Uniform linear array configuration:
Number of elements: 12
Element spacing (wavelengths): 1
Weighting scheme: hamming
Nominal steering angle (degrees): -30
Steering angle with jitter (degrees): -29.72
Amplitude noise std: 0.05
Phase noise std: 0.05

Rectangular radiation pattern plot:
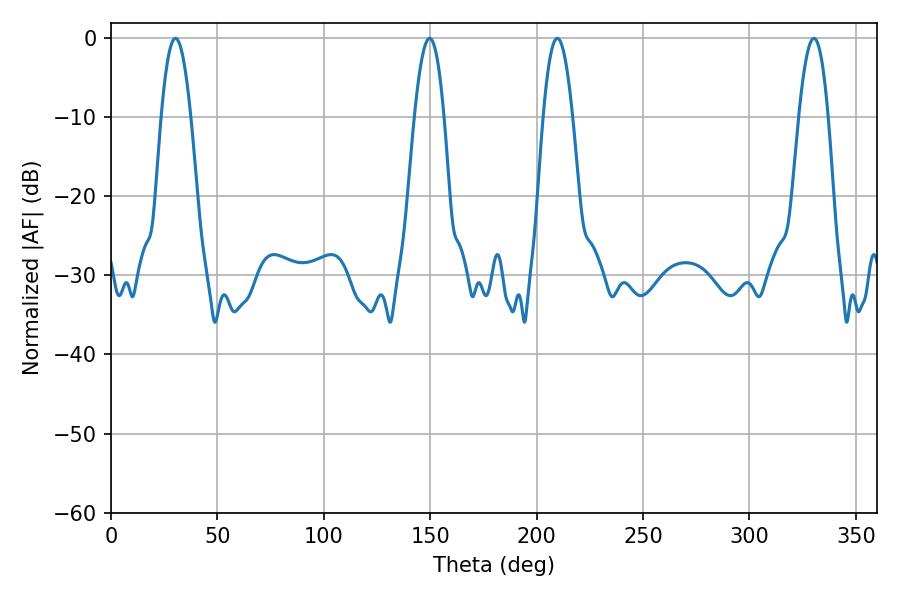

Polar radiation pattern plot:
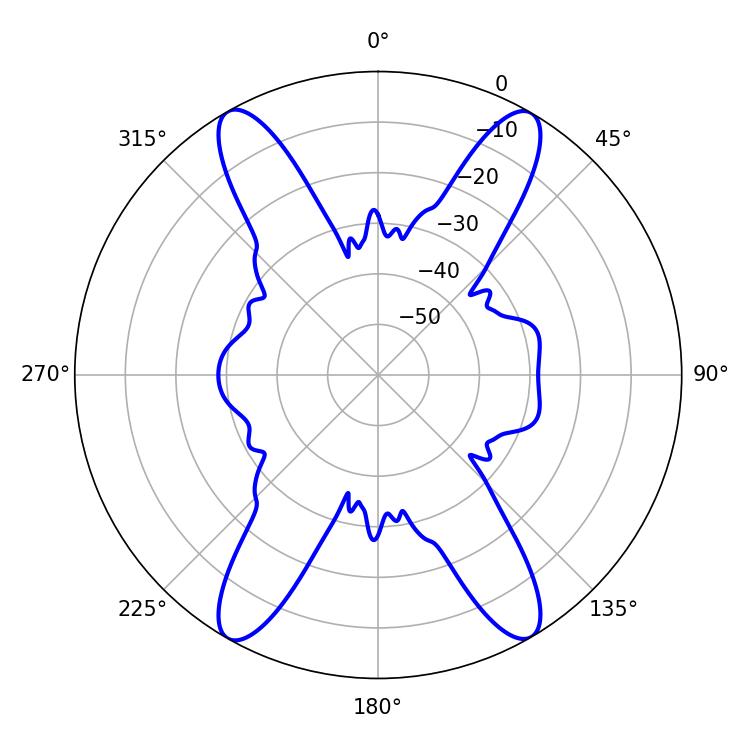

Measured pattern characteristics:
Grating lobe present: TRUE
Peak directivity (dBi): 27.89
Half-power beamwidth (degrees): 7.38
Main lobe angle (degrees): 209.7